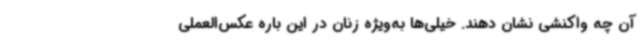
آن چه واکنشی نشان دهند. خیلی‌ها به‌ویژه زنان در این باره عکس‌العملی